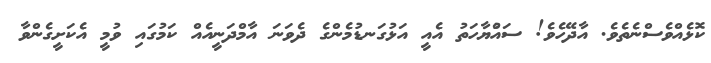
ކޮޅެއްވެސްނެތެވެ. އާދޭހެވެ! ސައްުޔާހަތު އެއީ އަޅުގަނޑުމެންގެ ދެވަނަ އާމްދަނީއެއް ކަމުގައި ވުމީ އެކަށީގެންވާ